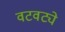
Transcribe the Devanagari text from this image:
वटवट्ये